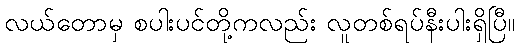
လယ်တောမှ စပါးပင်တို့ကလည်း လူတစ်ရပ်နီးပါးရှိပြီ။